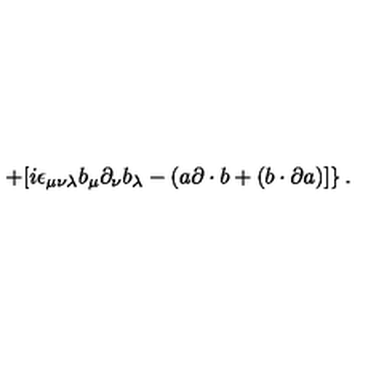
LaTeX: \left. + [ i \epsilon _ { \mu \nu \lambda } b _ { \mu } \partial _ { \nu } b _ { \lambda } - ( a \partial \cdot b + ( b \cdot \partial a ) ] \right\} .